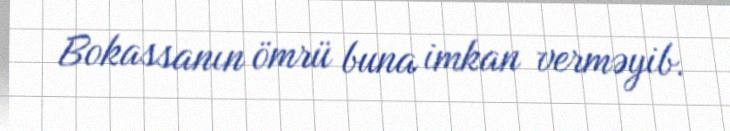
Bokassanın ömrü buna imkan verməyib.